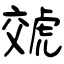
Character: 虠